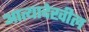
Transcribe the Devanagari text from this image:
आत्यादेखील